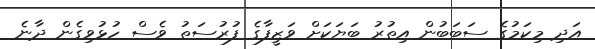
އަދި މިކަމުގެ ސަބަބުން އިތުރު ބަޔަކަށް ވަޒީފާގެ ފުރުސަތު ވެސް ހުޅުވިގެން ދާނެ